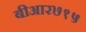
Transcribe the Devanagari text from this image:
बीआर७१५